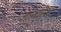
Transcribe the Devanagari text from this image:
जलाभेध